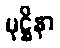
မုဋ္ဌိနာ